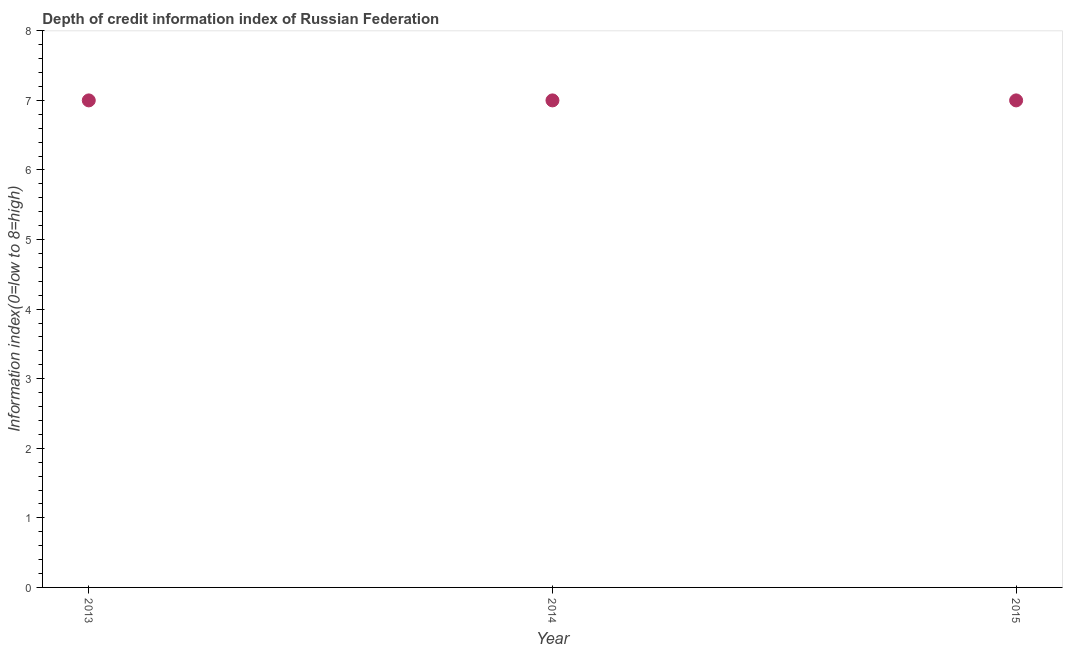
| Year | Depth of credit information index |
 | --- | --- |
 | 2013 | 7 |
 | 2014 | 7 |
 | 2015 | 7 |